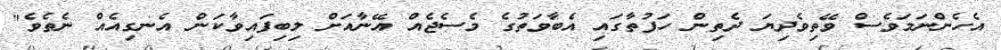
އެހެންނަމަވެސް ވޭތިވެދިޔަ ދެތިން ހަފުތާގައި އެބާވަތުގެ މެސެޖެއް އޭނާއަށް ލިބިފައިވާކަން އެނގިއެއް ނެތެވެ"